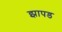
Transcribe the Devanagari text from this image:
झापड